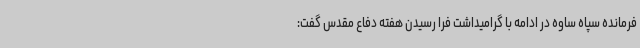
فرمانده سپاه ساوه در ادامه با گرامیداشت فرا رسیدن هفته دفاع مقدس گفت: